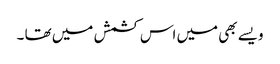
ویسے بھی میں اس کشمش میں تھا ۔